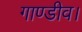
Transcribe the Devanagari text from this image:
गाण्डीव।